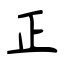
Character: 正